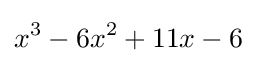
x^{3}-6x^{2}+11x-6